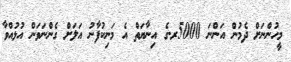
މީހުންނަށް ދެމުން އަންނަ 5000ރ.ގެ އިނާޔަތް އެ މަނިކުފާނު އަލަށް ގެންނަވަން އުޅުއްވާ